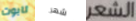
تابوت شهر الشعر